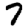
Digit: 7